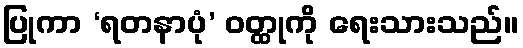
ပြုကာ ‘ရတနာပုံ’ ဝတ္ထုကို ရေးသားသည်။